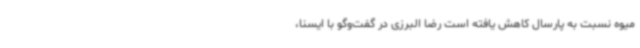
میوه نسبت به پارسال کاهش یافته است رضا البرزی در گفت‌وگو با ایسنا،